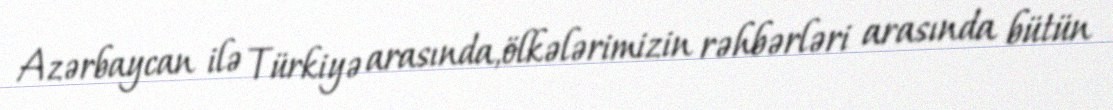
Azərbaycan ilə Türkiyə arasında,ölkələrimizin rəhbərləri arasında bütün